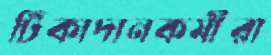
টিকাদানকর্মীরা